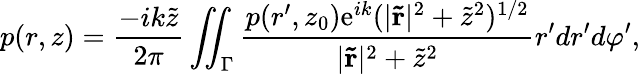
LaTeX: p(r,z)=\frac{-ik\tilde{z}}{2\pi}\iint_{\Gamma}\frac{p(r^{\prime},z_{0})\mathrm{e}^{ik}(|\mathbf{\tilde{r}}|^{2}+\tilde{z}^{2})^{1/2}}{|\mathbf{\tilde{r}}|^{2}+\tilde{z}^{2}}r^{\prime}dr^{\prime}d\varphi^{\prime},